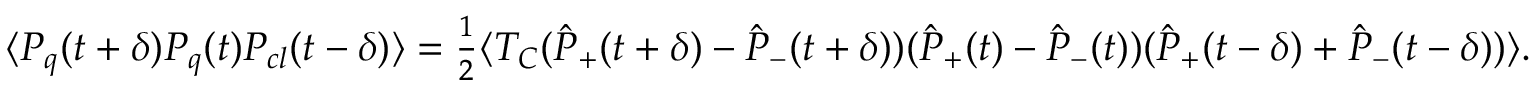
\begin{array} { r } { \langle P _ { q } ( t + \delta ) P _ { q } ( t ) P _ { c l } ( t - \delta ) \rangle = \frac { 1 } { 2 } \langle { \cal T } _ { C } ( \hat { P } _ { + } ( t + \delta ) - \hat { P } _ { - } ( t + \delta ) ) ( \hat { P } _ { + } ( t ) - \hat { P } _ { - } ( t ) ) ( \hat { P } _ { + } ( t - \delta ) + \hat { P } _ { - } ( t - \delta ) ) \rangle . } \end{array}